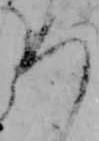
ろ